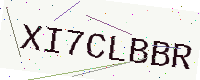
Text: XI7CLBBR